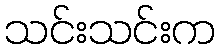
သင်းသင်းက